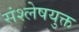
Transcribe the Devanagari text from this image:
संश्लेषयुक्त